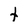
Character: t